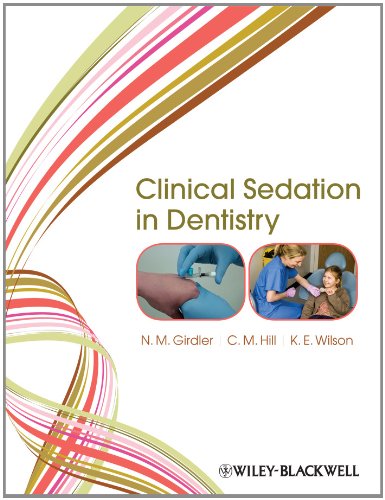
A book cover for Clinical Sedation in Dentistry; N. M. Girdler; Medical Books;